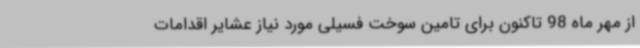
از مهر ماه 98 تاکنون برای تامین سوخت فسیلی مورد نیاز عشایر اقدامات